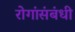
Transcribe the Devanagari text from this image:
रोगांसंबंधी